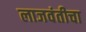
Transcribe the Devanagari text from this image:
लाजवंतीचा